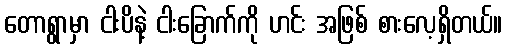
တောရွာမှာ ငါးပိနဲ့ ငါးခြောက်ကို ဟင်း အဖြစ် စားလေ့ရှိတယ်။